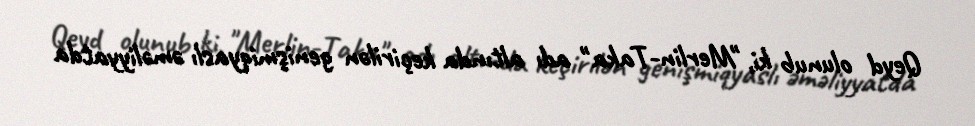
Qeyd olunub ki, "Merlin-Taka" adı altında keçirilən genişmiqyaslı əməliyyatda